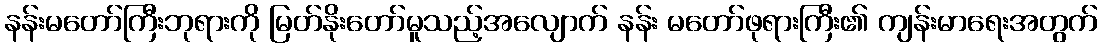
နန်းမတော်ကြီးဘုရားကို မြတ်နိုးတော်မူသည့်အလျောက် နန်း မတော်ဖုရားကြီး၏ ကျန်းမာရေးအတွက်